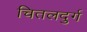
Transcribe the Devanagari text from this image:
चितलदुर्ग